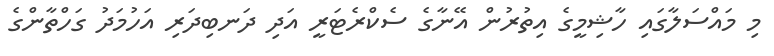
މި މައްސަލާގައި ހާޝިމީގެ އިތުރުން އޭނާގެ ސެކްރެޓަރީ އަދި ދަނބިދަރި އަހުމަދު ގަހްތާންގެ